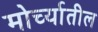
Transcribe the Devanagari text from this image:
मोर्च्यातील